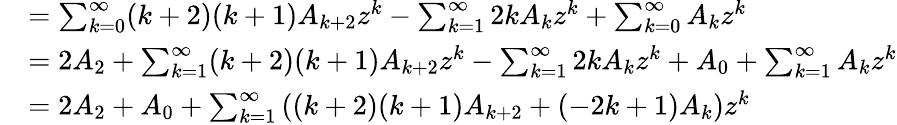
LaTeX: {\begin{array}{rl}&{=\sum_{k=0}^{\infty}(k+2)(k+1)A_{k+2}z^{k}-\sum_{k=1}^{\infty}2kA_{k}z^{k}+\sum_{k=0}^{\infty}A_{k}z^{k}}\\ &{=2A_{2}+\sum_{k=1}^{\infty}(k+2)(k+1)A_{k+2}z^{k}-\sum_{k=1}^{\infty}2kA_{k}z^{k}+A_{0}+\sum_{k=1}^{\infty}A_{k}z^{k}}\\ &{=2A_{2}+A_{0}+\sum_{k=1}^{\infty}\left((k+2)(k+1)A_{k+2}+(-2k+1)A_{k}\right)z^{k}}\end{array}}